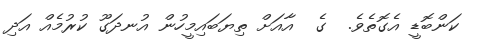
ކަންބޮޑީ އެގޮތެވެ.  ގެ  އާއަށް ތިޔަބައިމީހުން އުނދަގޫ ކުރުމެއް އަދި